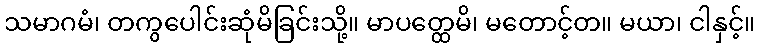
သမာဂမံ၊ တကွပေါင်းဆုံမိခြင်းသို့။ မာပတ္ထေမိ၊ မတောင့်တ။ မယာ၊ ငါနှင့်။